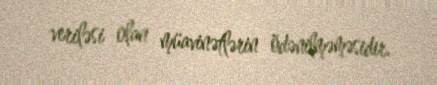
veriləsi olan müavinətlərin ödənilməməsidir.